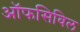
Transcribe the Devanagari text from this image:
ऑफसिविल